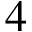
4